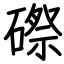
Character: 磜